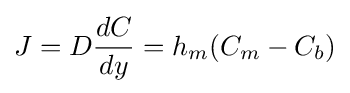
J=D{\frac {dC}{dy}}=h_{m}(C_{m}-C_{b})